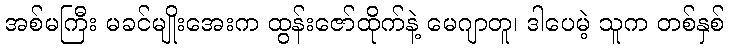
အစ်မကြီး မခင်မျိုးအေးက ထွန်းဇော်ထိုက်နဲ့ မေဂျာတူ၊ ဒါပေမဲ့ သူက တစ်နှစ်